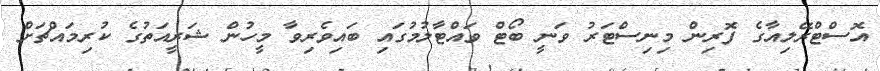
އޮސްޓްރޭލިއާގެ ފޮރިން މިނިސްޓަރު ވަނީ ބޯޓް ވައްޓާލުމުގައި ބައިވެރިވާ މީހުން ޝަރީއަތުގެ ކުރިމައްޗަށް